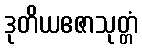
ဒုတိယဧဇာသုတ္တံ